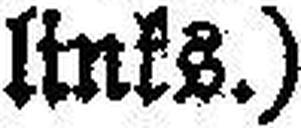
links.)